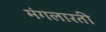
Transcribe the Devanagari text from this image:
मंगलारती